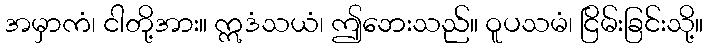
အမှာကံ၊ ငါတို့အား။ ဣဒံသယံ၊ ဤဘေးသည်။ ဝူပသမံ၊ ငြိမ်းခြင်းသို့။